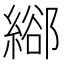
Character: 𦃛